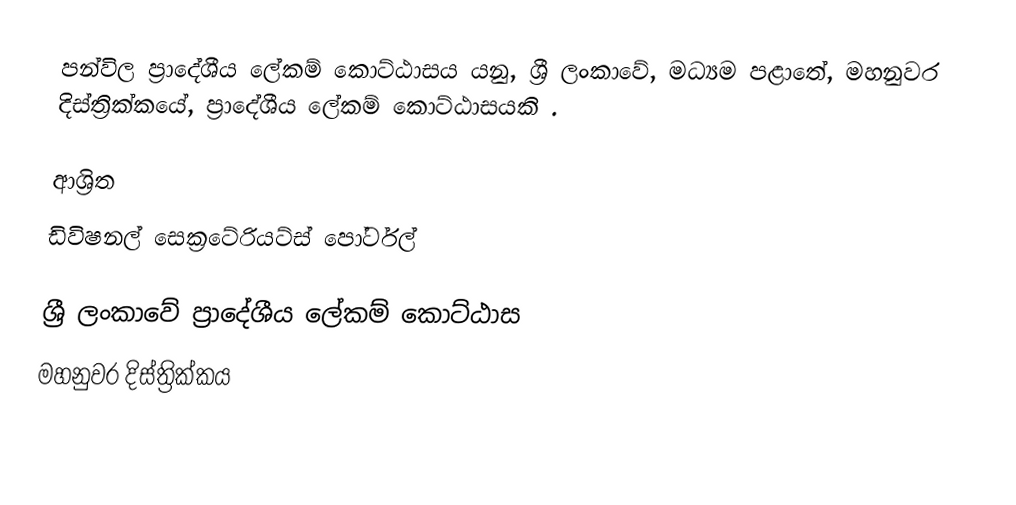
පන්විල ප්‍රාදේශීය ලේකම් කොට්ඨාසය යනු,  ශ්‍රී ලංකාවේ, මධ්‍යම පළාතේ,   මහනුවර දිස්ත්‍රික්කයේ, ප්‍රාදේශීය ලේකම් කොට්ඨාසයකි .

ආශ්‍රිත
 ඩිවිෂනල් සෙක්‍රටේරියට්ස් පෝර්ටල්

ශ්‍රී ලංකාවේ ප්‍රාදේශීය ලේකම් කොට්ඨාස
මහනුවර දිස්ත්‍රික්කය